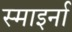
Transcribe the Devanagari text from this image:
स्माइर्ना